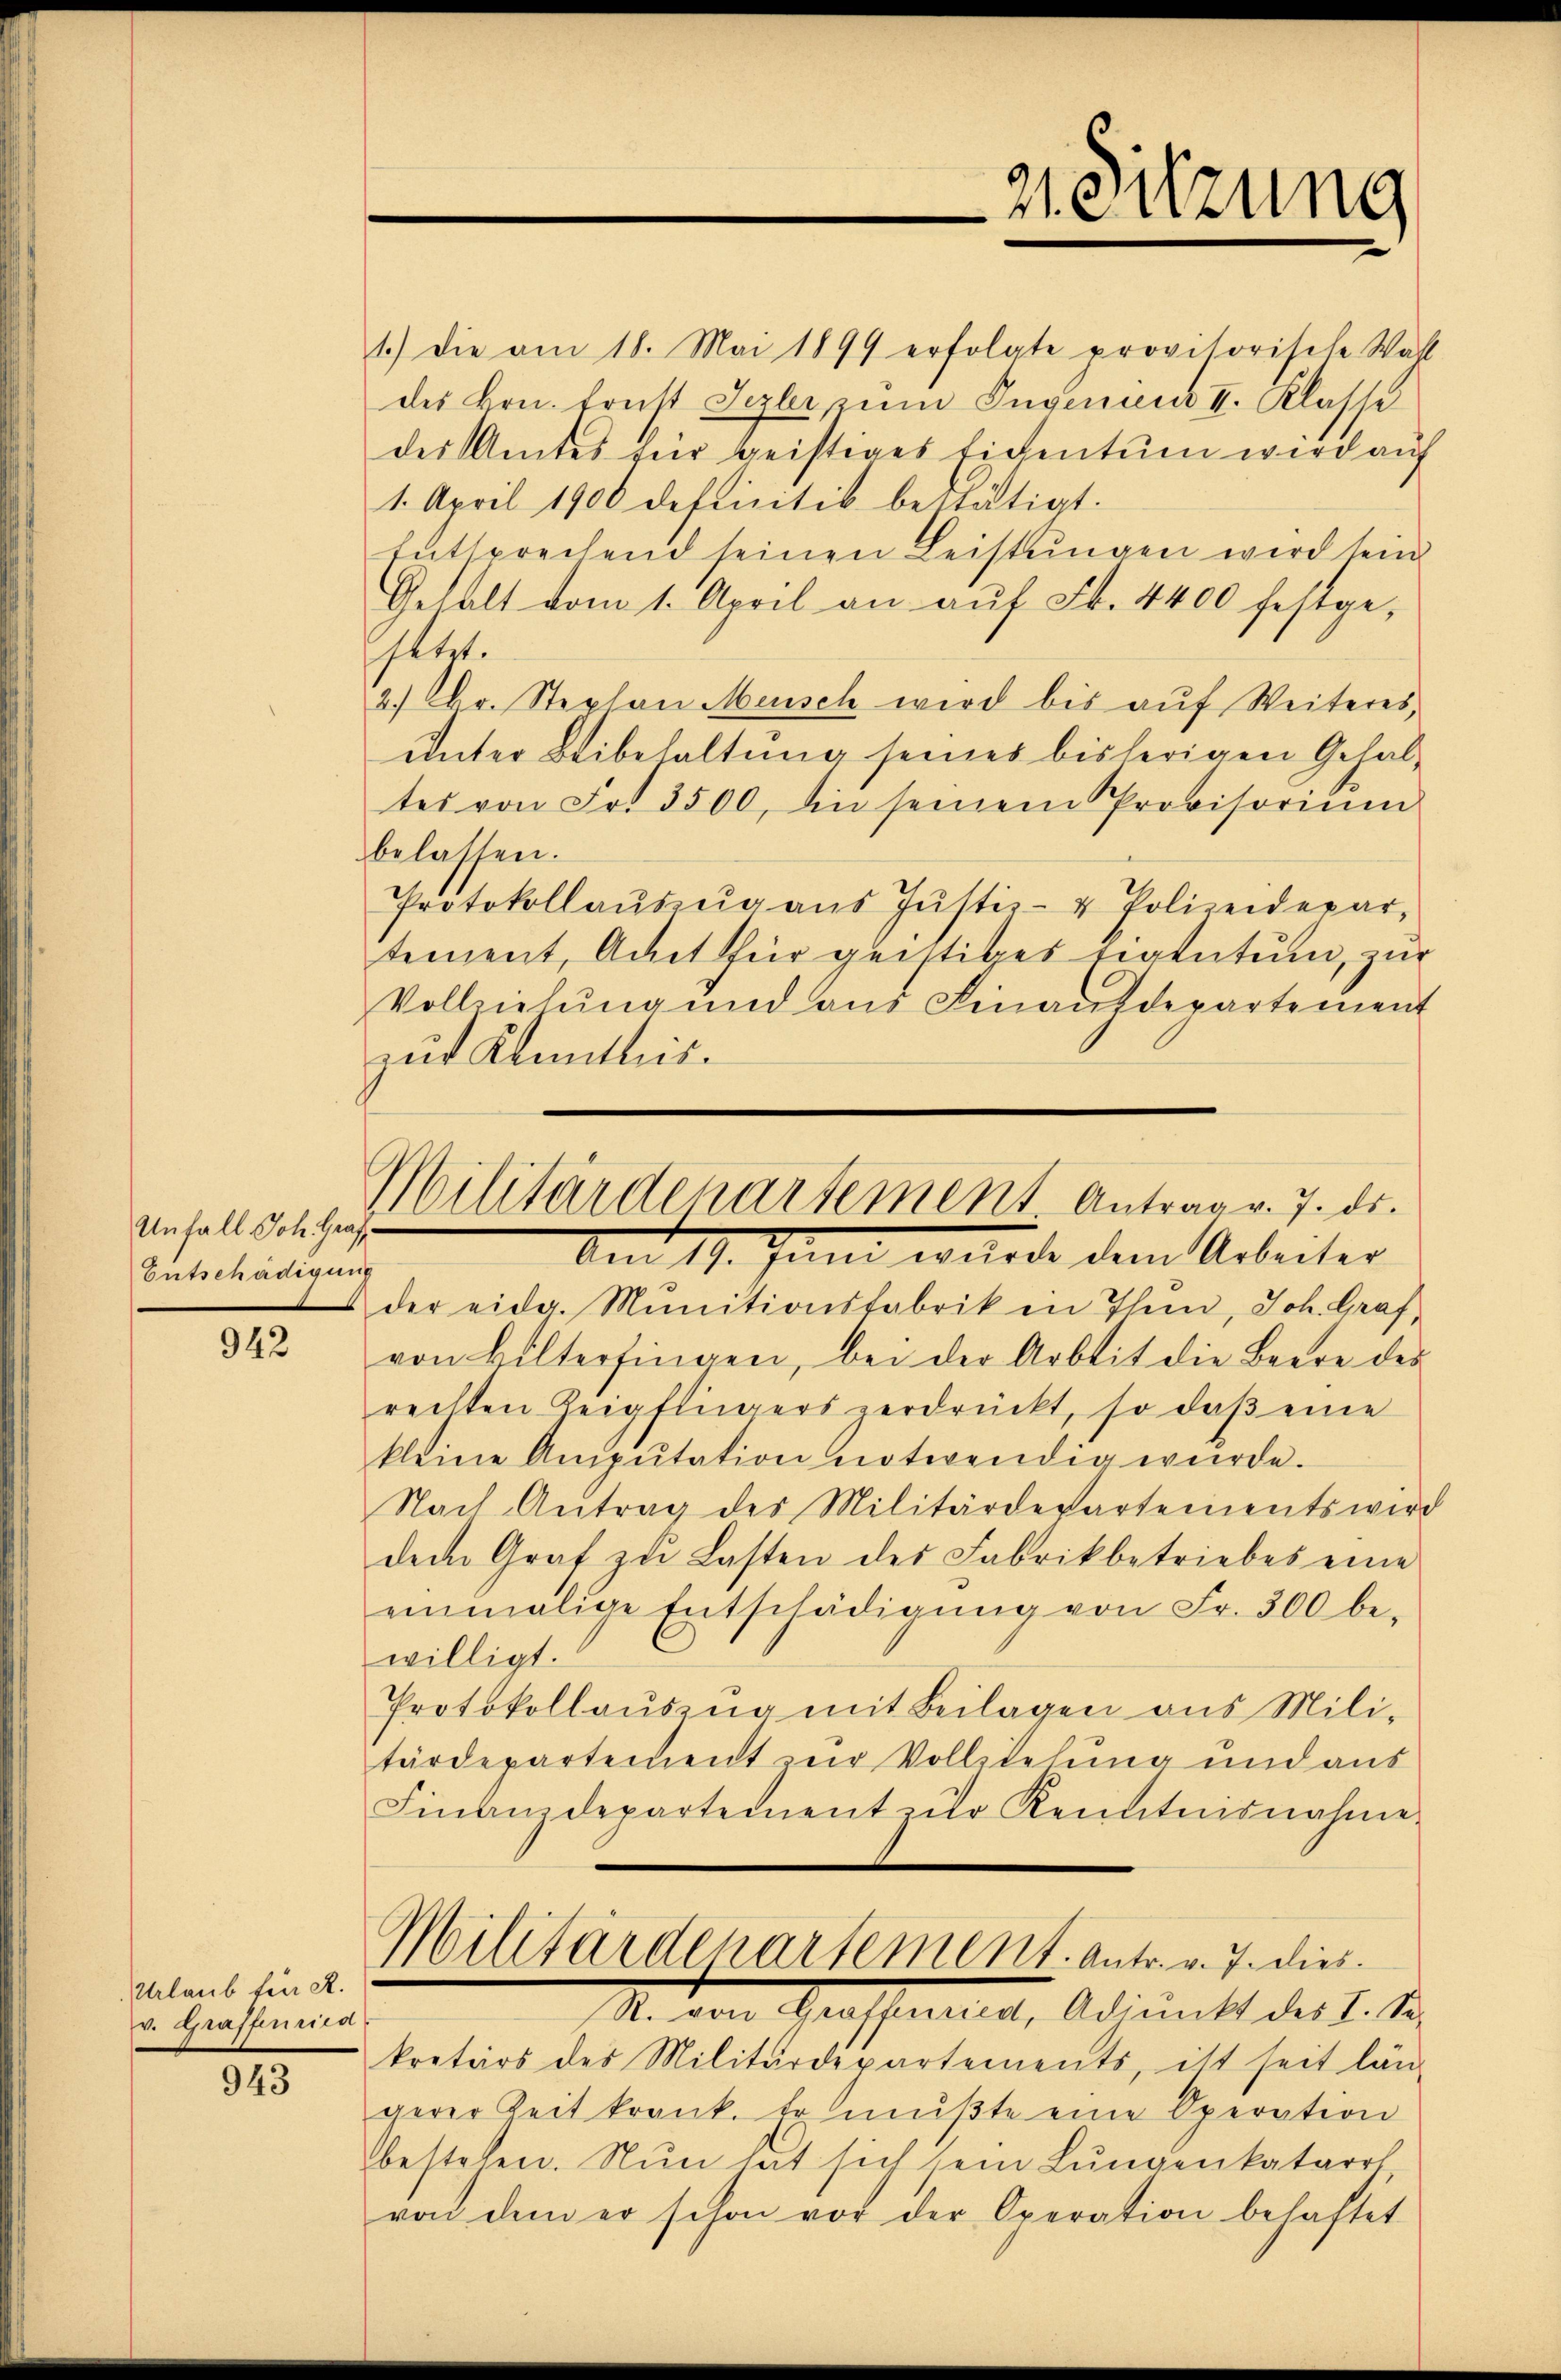
Unfall Joh. Graf
Entschädigung

942

Urlaub für R.
v. Graffenried

943

1.) Die am 18. Mai 1899 erfolgte provisorische Wahl
des Hrn. Ernst Syzler zum Invenien II. Klasse
der Amtes für geistiges Eidentum wird auf
1. April 1900 definitik bestätigt.
Entsprechend seinen Leistŭngen wird sein
Gehalt vom 1. April an auf Fr. 4400 festge-
sent.
2.) Chr. Stephan Mensch wird bis auf Weiteres,
unter Beibehaltung seines bisherigen Gehaltes von Fr. 3500, in seinem Provisorium
belassen.
Protokollaŭszŭg aŭs Jŭstiz- & Polizeidepartement, Amt für geistiges Eigentum, zur
Vollziehŭng und ans Finanzdepartement
gut Kenntnis.
der eida. Minitionsfabrik in Thein, Joh. Graf,
von Bilterfingen, bei der Arbeit die Beere des
rechten Zeigfligers verdrückt, so daβ eine
kleine Anipŭtation notwendig würde.
Nach Antrag des Militärdepartements wird
dem Graf zu Lasten des Fabrikbetriebes eine
einmalige Entschädigŭng von Fr. 300 be-
willigt.
Protokollaŭszŭg mit Beilagen aus Mili-
tärdepartement zur Vollziehung und aus
Finanzdepartement zur Kennternahme
Militärdepartement. Antr. v. 7. dies
M. von Grossaria, Adimitt des L. S.
kretärs des Militärdepartements, ist seit län-
gerer Zeit krank. Er mŭβte eine Operation
bestehen. Nun hat sich sein Lungenkatarrt
von dem er schon vor der Operation behaftet

21. Sitzung

Militärdepartement. Antrag v. 7. ds.
Am 19. Juni wurde dem Arbeiter